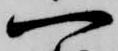
一